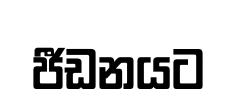
ජීඩනයට